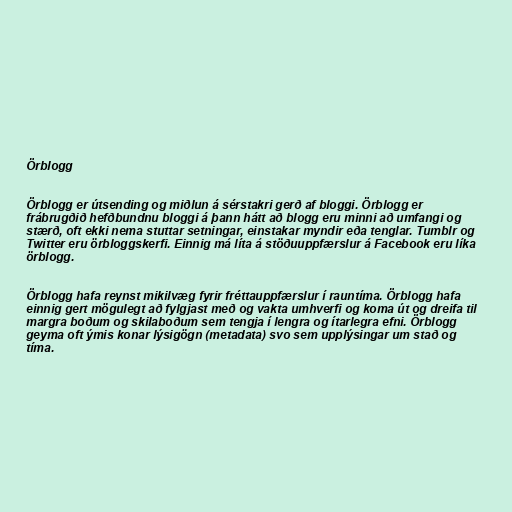
Örblogg

Örblogg er útsending og miðlun á sérstakri gerð af bloggi. Örblogg er
frábrugðið hefðbundnu bloggi á þann hátt að blogg eru minni að umfangi og
stærð, oft ekki nema stuttar setningar, einstakar myndir eða tenglar. Tumblr og
Twitter eru örbloggskerfi. Einnig má líta á stöðuuppfærslur á Facebook eru líka
örblogg.

Örblogg hafa reynst mikilvæg fyrir fréttauppfærslur í rauntíma. Örblogg hafa
einnig gert mögulegt að fylgjast með og vakta umhverfi og koma út og dreifa til
margra boðum og skilaboðum sem tengja í lengra og ítarlegra efni. Örblogg
geyma oft ýmis konar lýsigögn (metadata) svo sem upplýsingar um stað og
tíma.